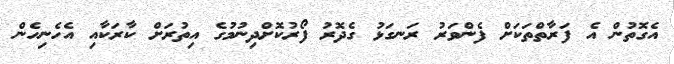
އެގޮތުން އެ ފަރާތްތަކަށް ފެންވަރު ރަނގަޅު ގެދޮރު ފޯރުކޮށްދިނުމުގެ އިތުރަށް ކާރަކާއި އެހެނިހެން